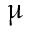
\upmu